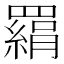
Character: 羂